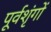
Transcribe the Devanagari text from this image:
पूर्वशृंगों